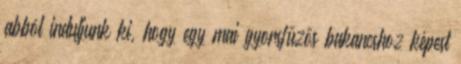
abból induljunk ki, hogy egy mai gyorsfűzős bakancshoz képest